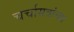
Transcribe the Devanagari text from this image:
चर्चासत्रांच्या